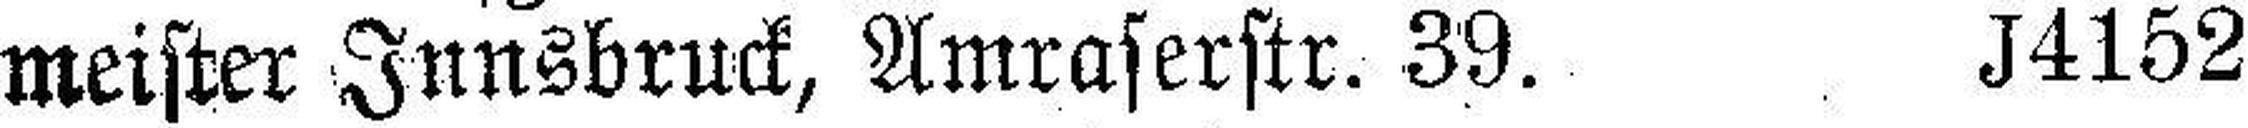
meister Innsbruck, Amraserstr. 39. J4152